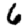
Digit: 6